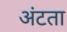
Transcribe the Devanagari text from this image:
अंटता